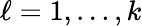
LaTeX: \ell=1,\ldots,k